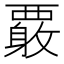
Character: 𲁍